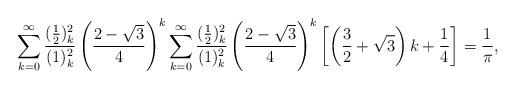
LaTeX: \begin{align*}\sum_{k=0}^{\infty} \frac{(\frac12)_k^2}{(1)_k^2} \left(\frac{2-\sqrt 3}{4} \right)^k\sum_{k=0}^{\infty} \frac{(\frac12)_k^2}{(1)_k^2} \left(\frac{2-\sqrt 3}{4} \right)^k \left[ \left(\frac32 + \sqrt 3 \right) k + \frac14 \right] = \frac{1}{\pi},\end{align*}